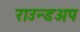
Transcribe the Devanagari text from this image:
राउन्डअप